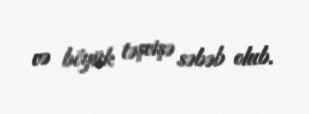
və böyük təşvişə səbəb olub.